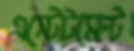
এস্টেটমেন্ট